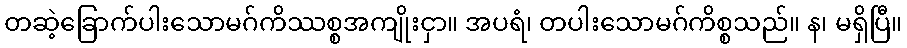
တဆဲ့ခြောက်ပါးသောမဂ်ကိဿစ္စအကျိုးငှာ။ အပရံ၊ တပါးသောမဂ်ကိစ္စသည်။ န၊ မရှိပြီ။